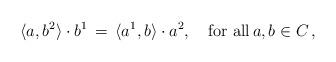
LaTeX: \begin{align*}\langle a, b^2 \rangle\cdot b^1 \, = \, \langle a^1, b \rangle\cdot a^2, \quad\mbox{for all}\, a,b\in C \, ,\end{align*}